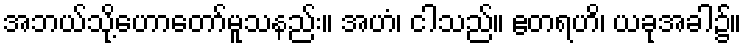
အဘယ်သို့ဟောတော်မူသနည်း။ အဟံ၊ ငါသည်။ ဧတရဟိ၊ ယခုအခါ၌။